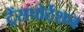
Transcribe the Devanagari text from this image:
ट्रेंसपोर्टेशन